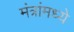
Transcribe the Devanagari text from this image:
मंत्रांमध्ये